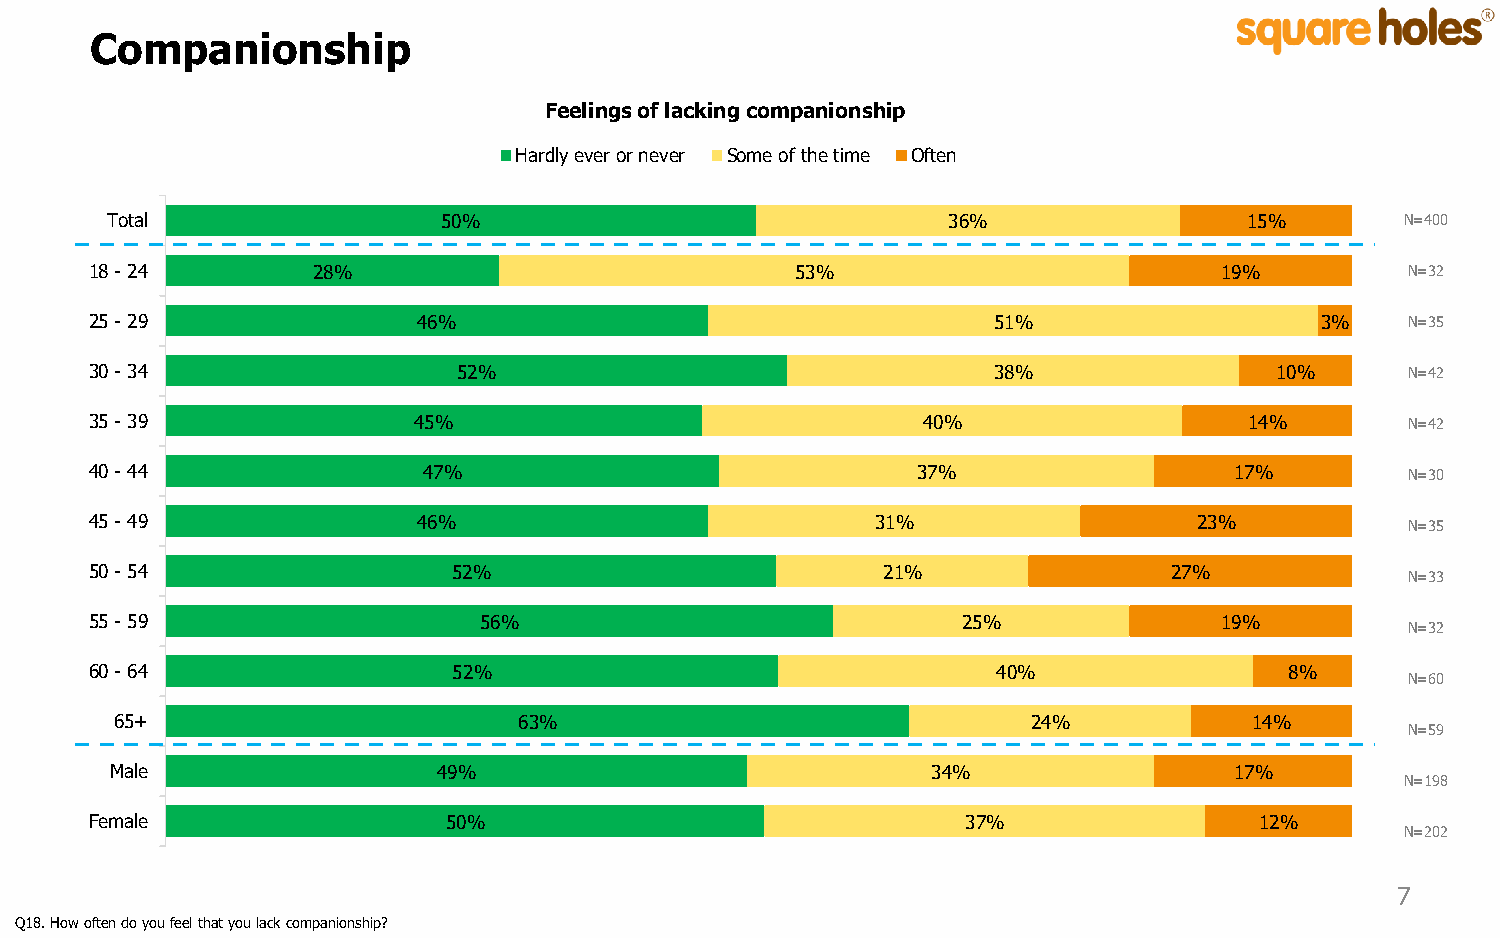
Companionship
 Feelings of lacking companionship
 Hardly ever or never Some of the time Often
 Total                 50%                               36%                 15%       N=400
 18 - 24        28%                             53%                         19%         N=32
 25 - 29               46%                                   51%                  3%    N=35
 30 - 34                 52%                                 38%               10%      N=42
 35 - 39              45%                               40%                   14%       N=42
 40 - 44               47%                              37%                  17%        N=30
 45 - 49               46%                           31%                  23%           N=35
 50 - 54                 52%                         21%                 27%
 N=33
 55 - 59                   56%                             25%              19%
 N=32
 60 - 64                 52%                                 40%                8%
 N=60
 65+                       63%                               24%            14%
 N=59
 Male                  49%                              34%                 17%
 N=198
 Female                 50%                                37%                12%
 N=202
 7
 Q18. How often do you feel that you lack companionship?